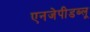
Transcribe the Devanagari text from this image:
एनजेपीडब्लू